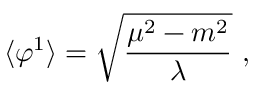
\langle \varphi ^ { 1 } \rangle = \sqrt { \frac { \mu ^ { 2 } - m ^ { 2 } } { \lambda } } \ ,